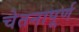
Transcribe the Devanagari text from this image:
चेतनापूर्ण